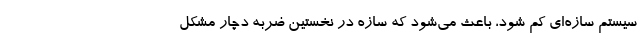
سیستم سازه‌ای کم شود، باعث می‌شود که سازه در نخستین ضربه دچار مشکل